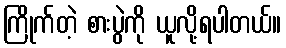
ကြိုက်တဲ့ စားပွဲကို ယူလို့ရပါတယ်။